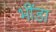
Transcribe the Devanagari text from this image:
भींडा